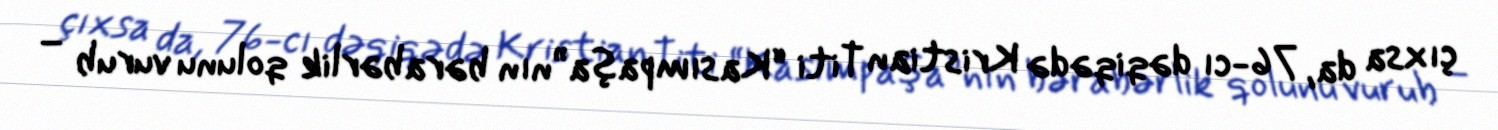
çıxsa da, 76-cı dəqiqədə Kristian Titi “Kasımpaşa”nın bərabərlik qolunu vurub –